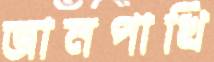
জানপাখি